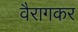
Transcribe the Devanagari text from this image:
वैरागकर